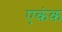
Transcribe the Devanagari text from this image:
एकंक